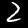
Digit: 2